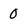
Character: 0